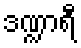
ဒဏ္ဍာရီ